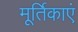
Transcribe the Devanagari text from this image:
मूर्तिकाएं